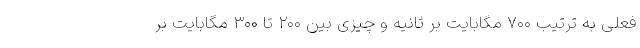
فعلی به ترتیب ۷۰۰ مگابایت بر ثانیه و چیزی بین ۲۰۰ تا ۳۰۰ مگابایت بر